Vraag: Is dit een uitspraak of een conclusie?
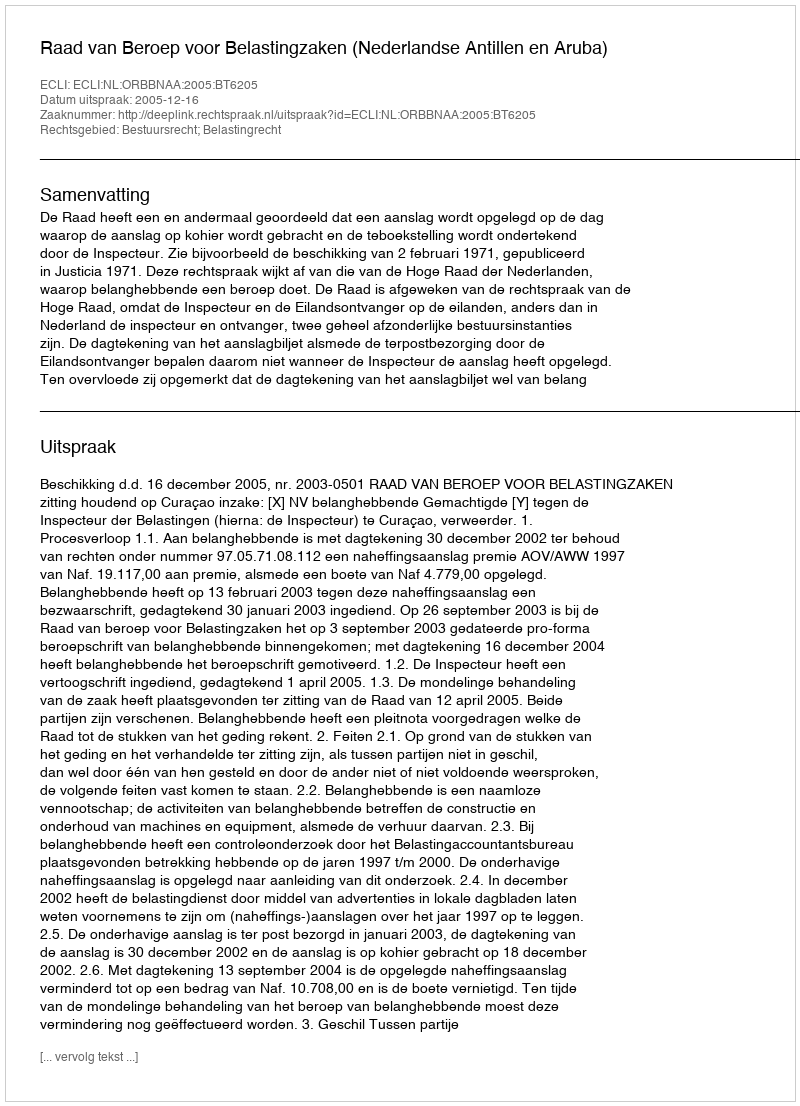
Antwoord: Uitspraak